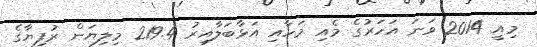
މިއީ 2014 ވަނަ އަހަރުގެ މެއި މަހާއި އަޅާބަލާއިރު 219.4 މިލިޔަން ރުފިޔާގެ